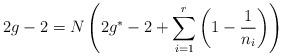
LaTeX: \begin{align*}2g-2=N\left( 2g^{*}-2+\sum _{i=1}^{r}\left( 1-\frac{1}{n_{i}}\right) \right)\end{align*}